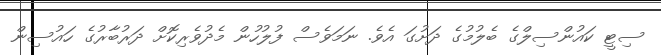
ސިޓީ ކައުންސިލްގެ ބެލުމުގެ ދަށުގަ އެވެ. ނަމަވެސް ފުލުހުން މެދުވެރިކޮށް ދަރުބާރުގެ ހައުސިން